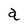
Character: a